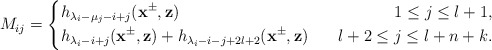
\begin{align*}M_{ij}=\left\{\begin{aligned}&h_{\lambda_i-\mu_j-i+j}(\mathbf{x}^{\pm},\mathbf{z})~~&~~1\leq j\leq l+1,\\&h_{\lambda_i-i+j}(\mathbf{x}^{\pm},\mathbf{z})+h_{\lambda_i-i-j+2l+2}(\mathbf{x}^{\pm},\mathbf{z})~&~~l+2\leq j\leq l+n+k.\end{aligned}\right.\end{align*}